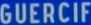
GUERCIF